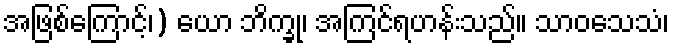
အဖြစ်ကြောင့်၊) ယော ဘိက္ခု၊ အကြင်ရဟန်းသည်။ သာဝသေသံ၊